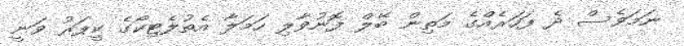
ނަމަވެސް ދެ ފަހަރެއްގެ މަތިން ބޭލް ފޮނުވާލި ހަމަލާ އެތުލެޓިކޯގެ ކީޕަރު ވަނީ